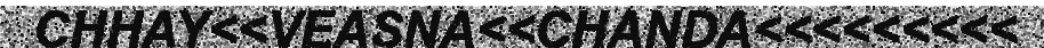
CHHAY<<VEASNA<<CHANDA<<<<<<<<<